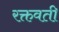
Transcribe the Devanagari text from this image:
रक्तवती